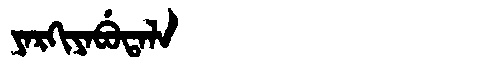
Manchu: ᠶᠠᡵᡴᡳᠶᠠᠪᡠᡨᠠᠯᠠ
Romanization: YARKIYABUTALA